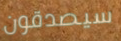
سيصدقون